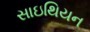
સાઇથિયન